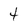
Character: 4